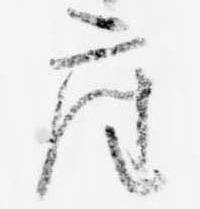
座